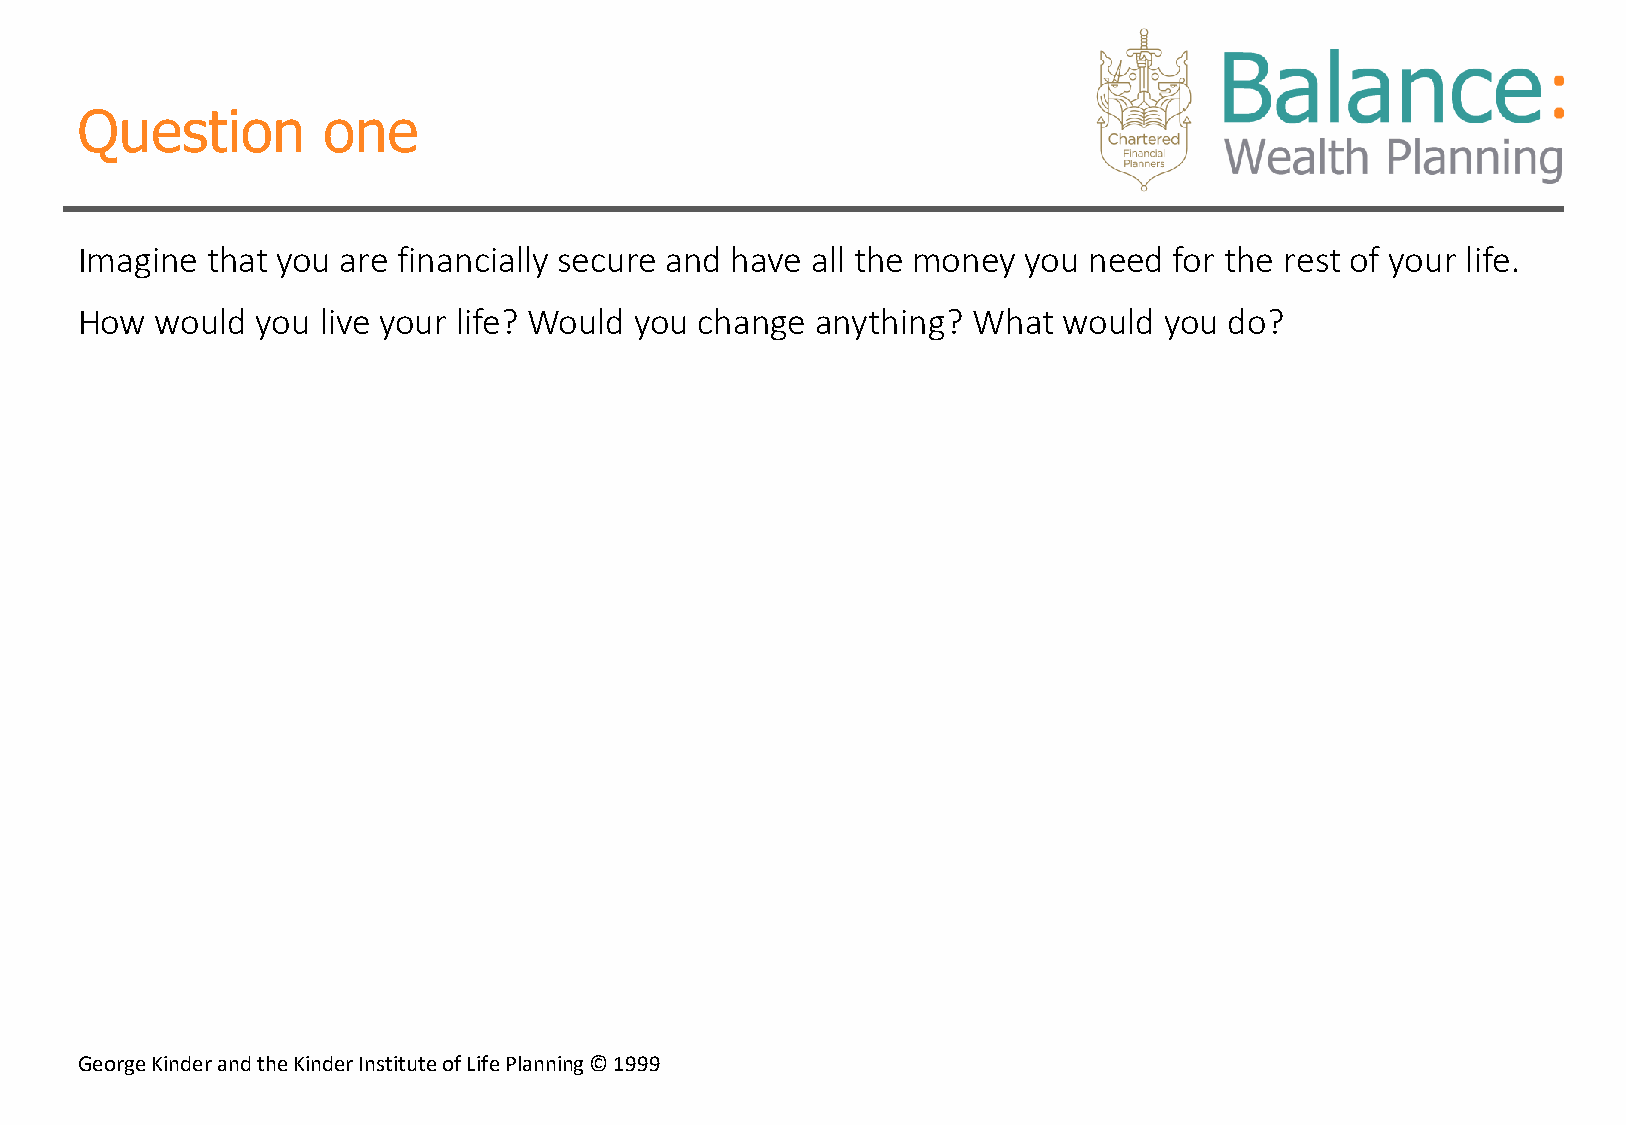
Question        one
 Imagine  that you are financially secure and have all the money you need for the rest of your life.
 How  would  you live your life? Would you change anything? What  would  you do?
 George Kinder and the Kinder Institute of Life Planning © 1999